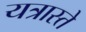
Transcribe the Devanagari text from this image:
यत्रास्ते